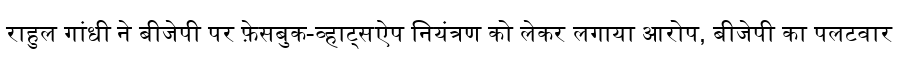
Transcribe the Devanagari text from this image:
राहुल गांधी ने बीजेपी पर फ़ेसबुक-व्हाट्सऐप नियंत्रण को लेकर लगाया आरोप, बीजेपी का पलटवार